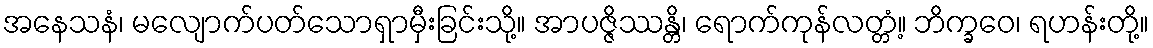
အနေသနံ၊ မလျောက်ပတ်သောရှာမှီးခြင်းသို့။ အာပဇ္ဇိဿန္တိ၊ ရောက်ကုန်လတ္တံ့။ ဘိက္ခဝေ၊ ရဟန်းတို့။